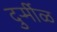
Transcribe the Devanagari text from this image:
दुर्र्मीळ